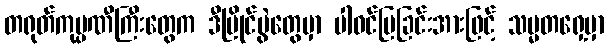
တရုတ်ကုမ္ပဏီကြီးတွေက ဒီပြိုင်ပွဲတွေမှာ ပါဝင်ပြခြင်းအားဖြင့် သမ္မတရှေ့မှာ